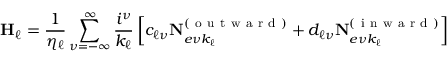
\mathbf { H } _ { \ell } = \frac { 1 } { \eta _ { \ell } } \sum _ { \nu = - \infty } ^ { \infty } \frac { i ^ { \nu } } { k _ { \ell } } \left[ c _ { \ell \nu } \mathbf { N } _ { e \nu k _ { \ell } } ^ { ( \mathrm { ~ o ~ u ~ t ~ w ~ a ~ r ~ d ~ } ) } + d _ { \ell \nu } \mathbf { N } _ { e \nu k _ { \ell } } ^ { ( \mathrm { ~ i ~ n ~ w ~ a ~ r ~ d ~ } ) } \right]